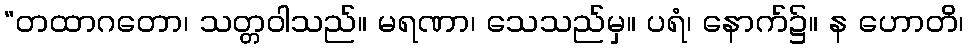
“တထာဂတော၊ သတ္တဝါသည်။ မရဏာ၊ သေသည်မှ။ ပရံ၊ နောက်၌။ န ဟောတိ၊